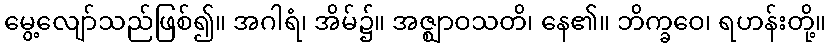
မွေ့လျော်သည်ဖြစ်၍။ အဂါရံ၊ အိမ်၌။ အဇ္ဈာဝသတိ၊ နေ၏။ ဘိက္ခဝေ၊ ရဟန်းတို့။